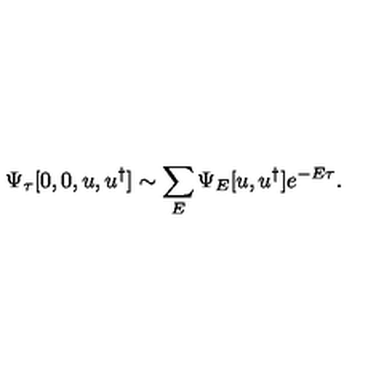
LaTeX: \Psi _ { \tau } [ 0 , 0 , u , u ^ { \dagger } ] \sim \sum _ { E } \Psi _ { E } [ u , u ^ { \dagger } ] e ^ { - E \tau } .